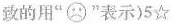
致的用” ”表示)5☆